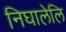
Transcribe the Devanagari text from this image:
निघालेलि